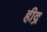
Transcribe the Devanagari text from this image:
हीद्र